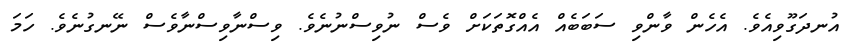
އުނދަގޫވިއެވެ. އެހެން ވާންވި ސަބަބެއް އެއްގޮތަކަށް ވެސް ނުވިސްނުނެވެ. ވިސްނާވިސްނާވެސް ނޭނގުނެވެ. ހަމަ